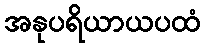
အနုပရိယာယပထံ